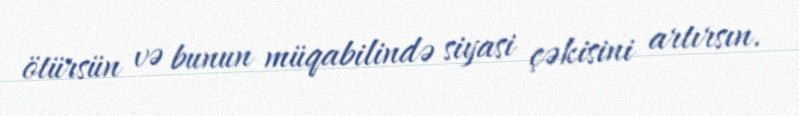
ötürsün və bunun müqabilində siyasi çəkisini artırsın.